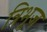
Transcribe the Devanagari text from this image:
त्रिभूज